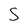
Character: S